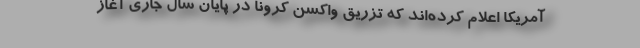
آمریکا اعلام کرده‌اند که تزریق واکسن کرونا در پایان سال جاری آغاز